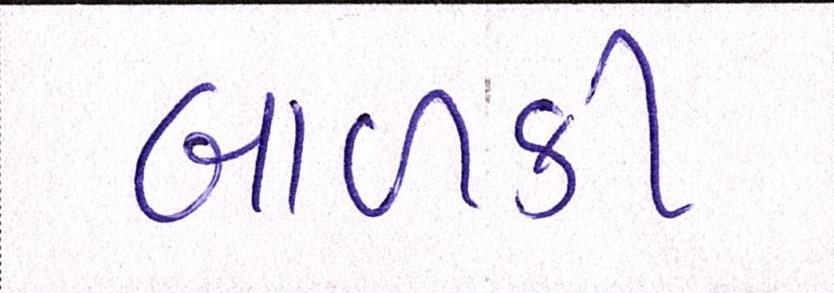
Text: બાળકી